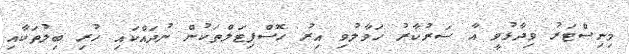
މިނިސްޓަރު ވިދާޅުވީ އާ ސަރުކާރު ހަވާލުވި އިރު ހޮސްޕިޓަލްތަކުން ނުދައްކައި ހުރި ބިލުތަކާއި